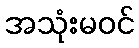
အသုံးမဝင်